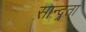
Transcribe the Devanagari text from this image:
सान्द्र्ता